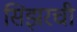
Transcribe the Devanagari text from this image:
सिझरची